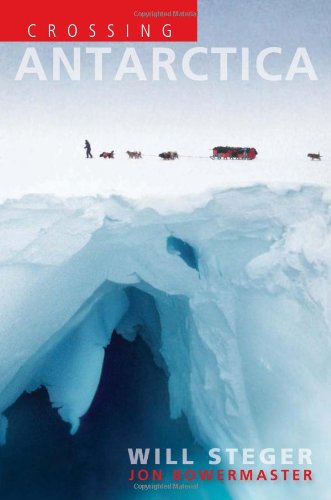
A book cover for Crossing Antarctica; Will Steger; Travel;